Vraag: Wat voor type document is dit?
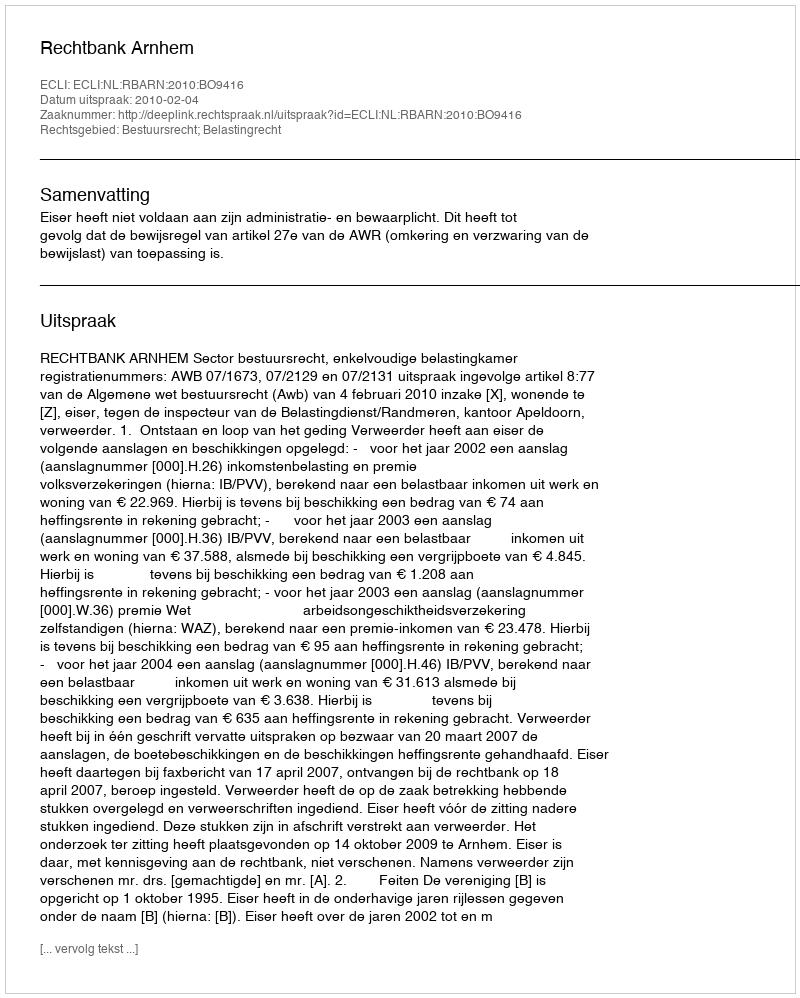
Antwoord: Uitspraak